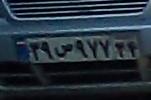
۳۹ص۹۷۷۳۴